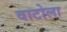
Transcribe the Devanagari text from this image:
वाटोला